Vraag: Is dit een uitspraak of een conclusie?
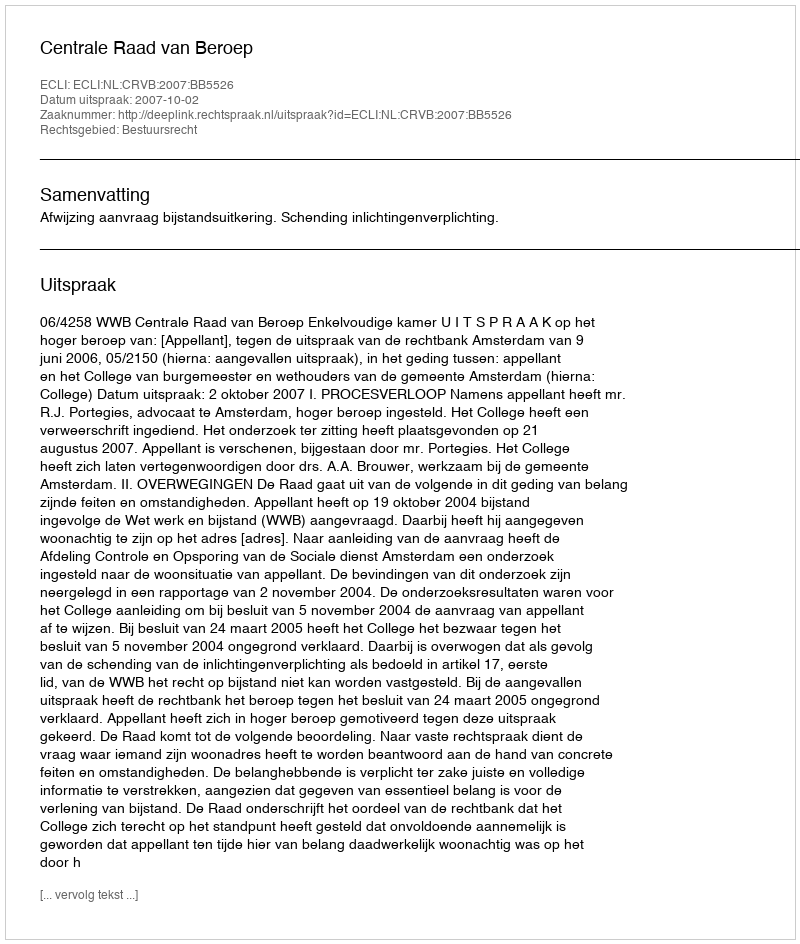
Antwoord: Uitspraak